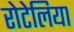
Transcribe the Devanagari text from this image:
रोटेलिया